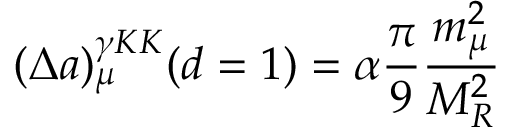
( \Delta a ) _ { \mu } ^ { \gamma K K } ( d = 1 ) = \alpha \frac { \pi } { 9 } \frac { m _ { \mu } ^ { 2 } } { M _ { R } ^ { 2 } }